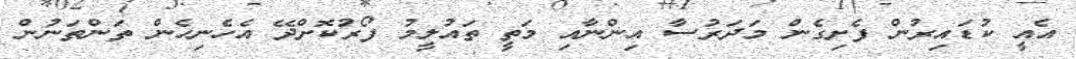
އެއީ ކުޑައިރުން ފެށިގެން މަދަރުސާ އިންނާއި މަތީ ތައުލީމު ފޯރުކޮށްދޭ އެހެނިހެން ތަންތަނުން